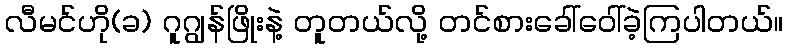
လီမင်ဟို(ခ) ဂူဂျွန်ဖြိုးနဲ့ တူတယ်လို့ တင်စားခေါ်ဝေါ်ခဲ့ကြပါတယ်။